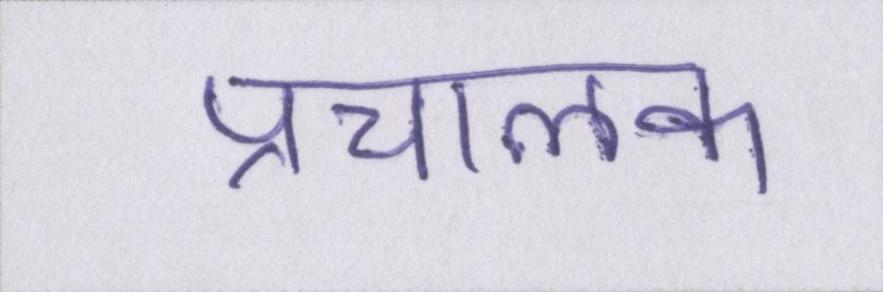
प्रचालक